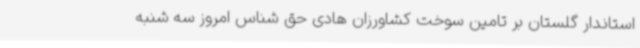
استاندار گلستان بر تامین سوخت کشاورزان هادی حق شناس امروز سه شنبه